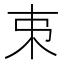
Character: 𠀟